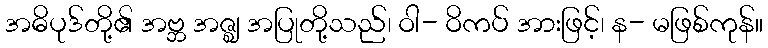
အဓိပုဒ်တို့၏ အဗ္ဘ အဇ္ဈ အပြုတို့သည်၊ ဝါ- ဝိကပ် အားဖြင့်၊ န- မဖြစ်ကုန်။